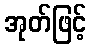
အုတ်ဖြင့်